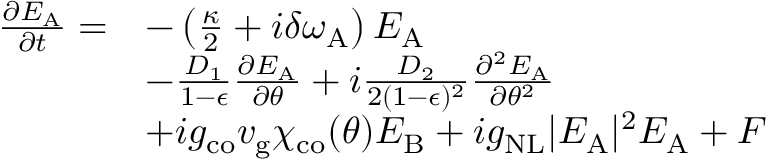
\begin{array} { r l } { \frac { \partial E _ { \mathrm { A } } } { \partial t } = } & { - \left( \frac { \kappa } { 2 } + i \delta \omega _ { \mathrm { A } } \right) E _ { \mathrm { A } } } \\ & { - \frac { D _ { 1 } } { 1 - \epsilon } \frac { \partial E _ { \mathrm { A } } } { \partial \theta } + i \frac { D _ { 2 } } { 2 ( 1 - \epsilon ) ^ { 2 } } \frac { \partial ^ { 2 } E _ { \mathrm { A } } } { \partial \theta ^ { 2 } } } \\ & { + i g _ { \mathrm { c o } } v _ { \mathrm { g } } \chi _ { \mathrm { c o } } ( \theta ) E _ { \mathrm { B } } + i g _ { \mathrm { N L } } \vert E _ { \mathrm { A } } \vert ^ { 2 } E _ { \mathrm { A } } + F } \end{array}